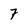
Character: 7